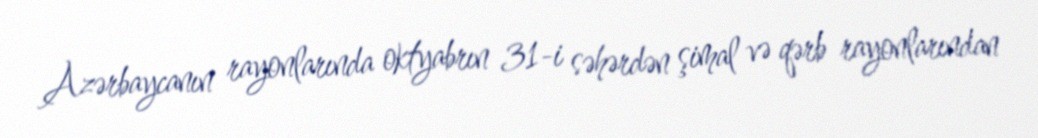
Azərbaycanın rayonlarında oktyabrın 31-i səhərdən şimal və qərb rayonlarından